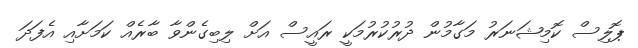
ޕޮލިސް ކޮމިޝަނަރު މަގާމުން ދުރުކުރުމަކީ ރައީސް އަށް ލިބިގެންވާ ބާރެއް ކަމަށާއި އެފަދަ